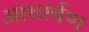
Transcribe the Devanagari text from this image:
आधार्षण